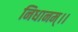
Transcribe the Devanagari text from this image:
निधानम्।।